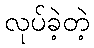
လုပ်ခဲ့တဲ့